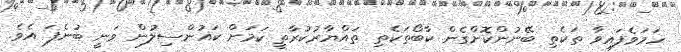
ހަމަވެފައިވާ ތަކެތި ބޭނުންކޮށްގެން ކާބޯތަކެތި ތައްޔާރުކުރާތީ ކަމަށް ކައުންސިލުން ވަނީ ބުނެފަ އެވެ.